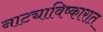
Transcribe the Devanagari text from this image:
नाट्याविष्कारात